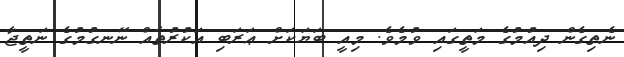
ނެތިގެން ދިއުމުގެ މަތީގައި ވުމެވެ. މިއީ ބަޔަކަށް ޢަރަބި އަކުރުތައް ނޭނގުމުގެ ނަތީޖާ